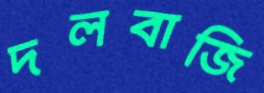
দলবাজি